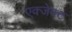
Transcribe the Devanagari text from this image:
एक्जेक्ट